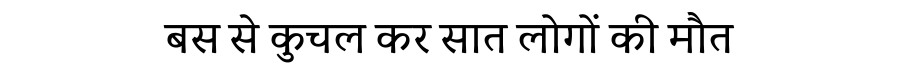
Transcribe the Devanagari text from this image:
बस से कुचल कर सात लोगों की मौत